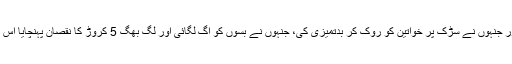
یہ فیصلہ کیا گیا ہے کہ وہ تمام لوگ جو براہ راست املاک کو تباہ کرنے میں اور جنہوں نے سڑک پر خواتین کو روک کر بدتمیزی کی، جنہوں نے بسوں کو آگ لگائی اور لگ بھگ 5 کروڑ کا نقصان پہنچایا اس میں تمام متحرک لوگوں کے خلاف متعلقہ تھانوں میں مقدمہ درج کیا جارہا ہے۔